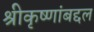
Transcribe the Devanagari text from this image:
श्रीकृष्णांबद्दल